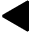
\blacktriangleleft